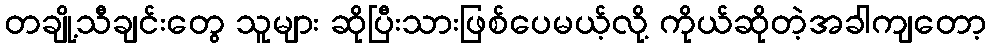
တချို့သီချင်းတွေ သူများ ဆိုပြီးသားဖြစ်ပေမယ့်လို့ ကိုယ်ဆိုတဲ့အခါကျတော့